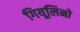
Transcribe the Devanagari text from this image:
गियूलिनो